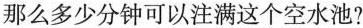
那么多少分钟可以注满这个空水池?